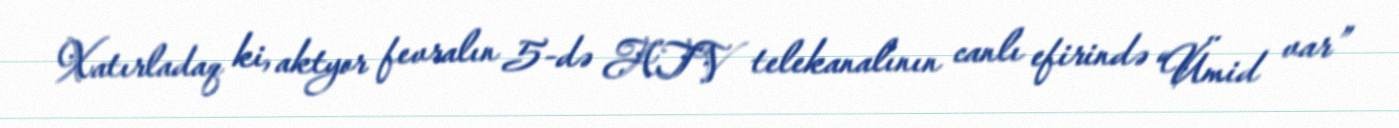
Xatırladaq ki, aktyor fevralın 5-də ATV telekanalının canlı efirində “Ümid var”